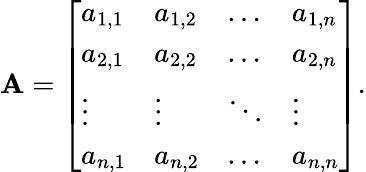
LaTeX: \mathbf{A}={\left[\begin{array}{llll}{a_{1,1}}&{a_{1,2}}&{\dots}&{a_{1,n}}\\ {a_{2,1}}&{a_{2,2}}&{\dots}&{a_{2,n}}\\ {\vdots}&{\vdots}&{\ddots}&{\vdots}\\ {a_{n,1}}&{a_{n,2}}&{\dots}&{a_{n,n}}\end{array}\right]}.